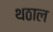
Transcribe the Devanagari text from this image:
थठाल